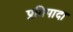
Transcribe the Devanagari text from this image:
प्रतिपादा